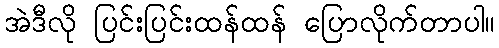
အဲဒီလို ပြင်းပြင်းထန်ထန် ပြောလိုက်တာပါ။